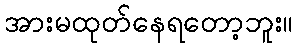
အားမထုတ်နေရတော့ဘူး။